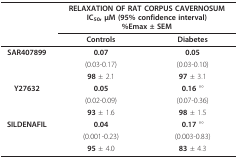
<table><thead><tr><td></td><td colspan="2"><b>RELAXATION OF RAT CORPUS CAVERNOSUMIC<sub>50</sub>, μM (95% confidence interval)%Emax ± SEM</b></td></tr><tr><td></td><td><b>Controls</b></td><td><b>Diabetes</b></td></tr></thead><tbody><tr><td><b>SAR407899</b></td><td><b>0.07</b></td><td><b>0.05</b></td></tr><tr><td></td><td>(0.03-0.17)</td><td>(0.03-0.10)</td></tr><tr><td></td><td><b>98 </b>± 2.1</td><td><b>97 </b>± 3.1</td></tr><tr><td><b>Y27632</b></td><td><b>0.05</b></td><td><b>0.16 </b>°°</td></tr><tr><td></td><td>(0.02-0.09)</td><td>(0.07-0.36)</td></tr><tr><td></td><td><b>93 </b>± 1.6</td><td><b>98 </b>± 1.5</td></tr><tr><td><b>SILDENAFIL</b></td><td><b>0.04</b></td><td><b>0.17 </b>°°</td></tr><tr><td></td><td>(0.001-0.23)</td><td>(0.003-0.83)</td></tr><tr><td></td><td><b>95 </b>± 4.0</td><td><b>83 </b>± 4.3</td></tr></tbody></table>